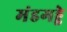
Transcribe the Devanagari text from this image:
मंडगड्डे